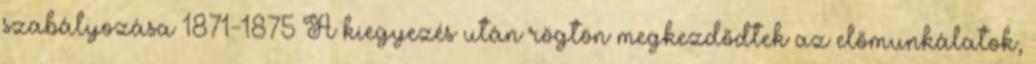
szabályozása 1871-1875 A kiegyezés után rögtön megkezdődtek az előmunkálatok,